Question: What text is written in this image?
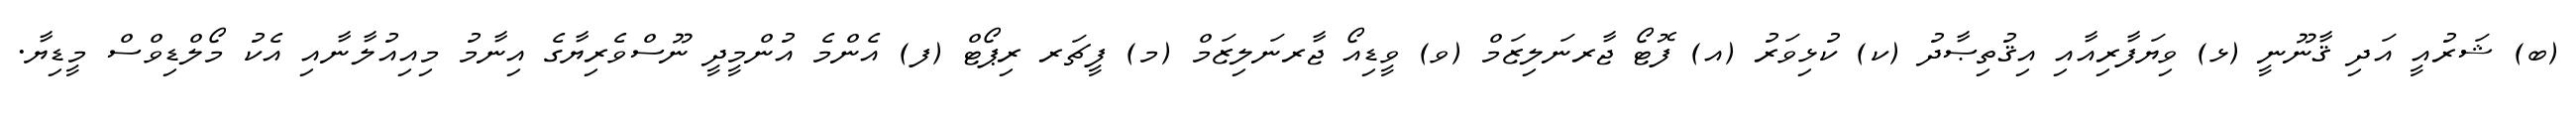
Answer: (ބ) ޝަރުއީ އަދި ޤާނޫނީ (ޅ) ވިޔަފާރިއާއި އިޤުތިޞާދު (ކ) ކުޅިވަރު (އ) ފޮޓޯ ޖާރނަލިޒަމް (ވ) ވީޑިއޯ ޖާރނަލިޒަމް (މ) ފީޗަރ ރިޕޯޓް (ފ) އެންމެ އުންމީދީ ނޫސްވެރިޔާގެ އިނާމު މިއިއުލާނާއި އެކު މޯލްޑިވްސް މީޑިޔާ.